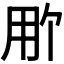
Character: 𬎽